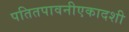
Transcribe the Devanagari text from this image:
पतितपावनीएकादशी